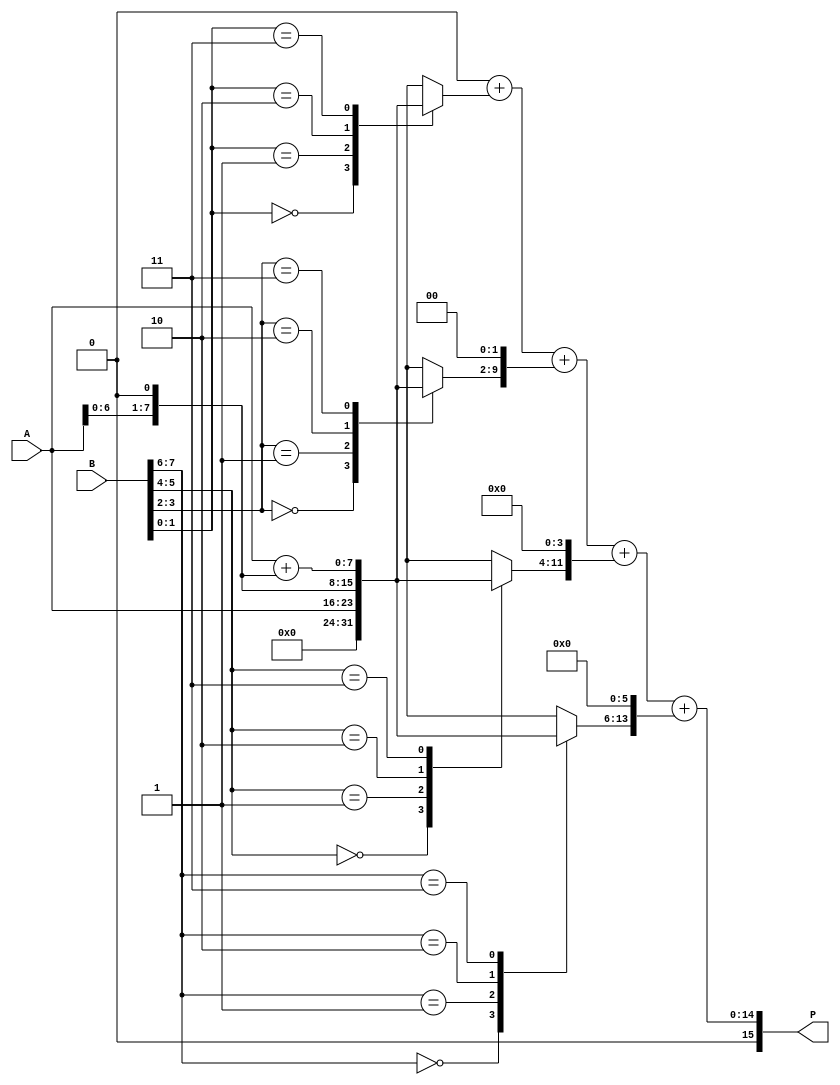
module radix4_multiplier #(parameter N = 8) (
    input [N-1:0] A,  // Multiplicand
    input [N-1:0] B,  // Multiplier
    output reg [2*N-1:0] P // Product
);

    reg [N-1:0] pp [0:N/2-1]; // Partial products
    integer i;

    always @(*) begin
        // Initialize partial products to zero
        for (i = 0; i < N/2; i = i + 1) begin
            pp[i] = 0;
        end

        // Generate partial products based on Radix-4 logic
        for (i = 0; i < N/2; i = i + 1) begin
            case (B[2*i +: 2]) // Take 2 bits at a time
                2'b00: pp[i] = 0; // 00 -> 0
                2'b01: pp[i] = A; // 01 -> A
                2'b10: pp[i] = A << 1; // 10 -> A << 1
                2'b11: pp[i] = A + (A << 1); // 11 -> A + (A << 1)
                default: pp[i] = 0; // Default case
            endcase
        end

        // Initialize product to zero
        P = 0;

        // Accumulate partial products
        for (i = 0; i < N/2; i = i + 1) begin
            P = P + (pp[i] << (i * 2)); // Align the partial products
        end
    end
endmodule